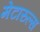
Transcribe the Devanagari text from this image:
मेटारुल्स